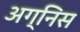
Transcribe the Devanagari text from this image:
अग्निस